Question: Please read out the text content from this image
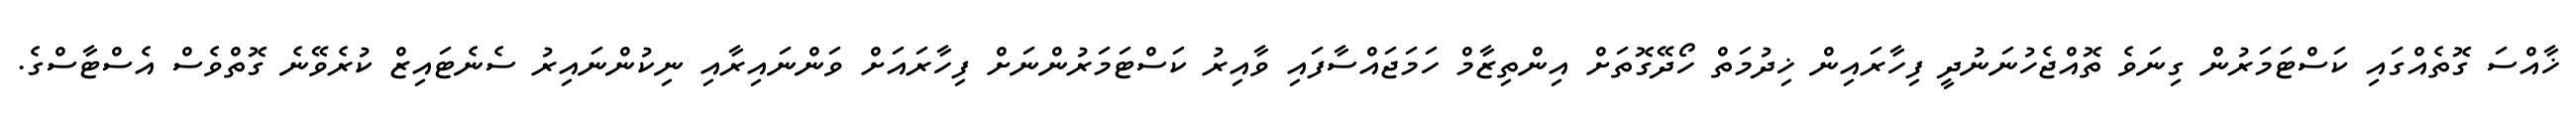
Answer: ޚާއްސަ ގޮތެއްގައި ކަސްޓަމަރުން ގިނަވެ ތޮއްޖެހުނަނުދީ ފިހާރައިން ޚިދުމަތް ހޯދޭގޮތަށް އިންތިޒާމް ހަމަޖައްސާފައި ވާއިރު ކަސްޓަމަރުންނަށް ފިހާރައަށް ވަންނައިރާއި ނިކުންނައިރު ސެނެޓައިޒް ކުރެވޭނެ ގޮތްވެސް އެސްޓާސްގެ.